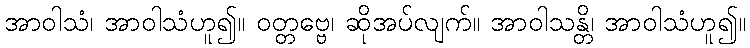
အာဝါသံ၊ အာဝါသံဟူ၍။ ဝတ္တဗ္ဗေ၊ ဆိုအပ်လျက်။ အာဝါသန္တိ၊ အာဝါသံဟူ၍။